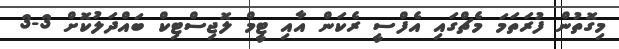
މިގޮތުން ފުރަތަމަ މެޗްގައި އެފްސީ ރެކަން އާއި ޓީމް ލޮޖިސްޓިކް ބައްދަލުކޮށް 3-3